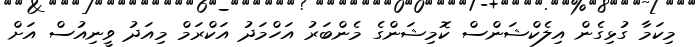
މިކަމާ ގުޅިގެން އިލެކްޝަންސް ކޮމިޝަންގެ މެންބަރު އަހްމަދު އަކްރަމް މިއަދު ވީނިއުސް އަށް